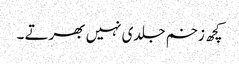
کچھ زخم جلدی نہیں بھرتے ۔